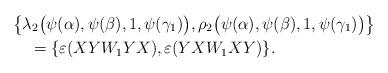
LaTeX: \begin{align*} &\bigl\{\lambda_{2}\bigl(\psi(\alpha),\psi(\beta),1,\psi(\gamma_1)\bigr), \rho_{2}\bigl(\psi(\alpha),\psi(\beta),1,\psi(\gamma_1)\bigr)\bigr\}\\ &\quad=\{\varepsilon(XYW_1YX),\varepsilon(YXW_1XY)\}. \end{align*}